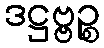
ဒဋ္ဌဗ္ဗဉ္စ